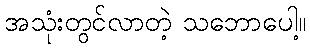
အသုံးတွင်လာတဲ့ သဘောပေါ့။